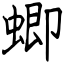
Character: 蝍